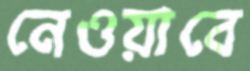
নেওয়াবে